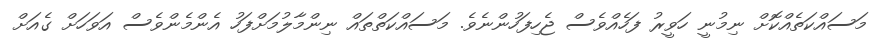
މަސައްކަތެއްކޮށް ނިމުނީ ހަވީރު ފަހެއްވެސް ޖެހިފަހުންނެވެ. މަސައްކަތްތައް ނިންމާލުމަށްފަހު އެންމެންވެސް އަވަހަށް ގެއަށް